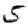
Digit: 5